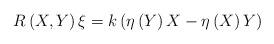
LaTeX: \begin{align*} R\left(X,Y\right)\xi =k\left(\eta \left(Y\right)X-\eta \left(X\right)Y\right) \end{align*}